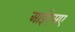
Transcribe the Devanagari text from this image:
आईएसए